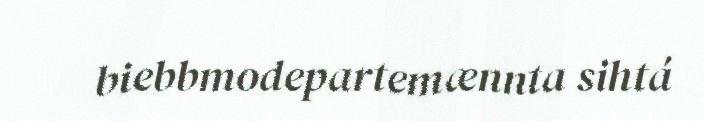
biebbmodepartemænnta sihtá